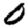
Digit: 0